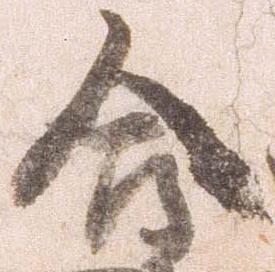
合